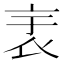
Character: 𧘘